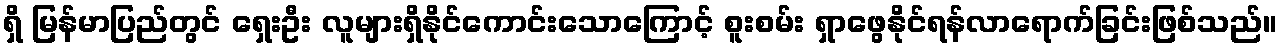
ရှိ မြန်မာပြည်တွင် ရှေးဦး လူများရှိနိုင်ကောင်းသောကြောင့် စူးစမ်း ရှာဖွေနိုင်ရန်လာရောက်ခြင်းဖြစ်သည်။